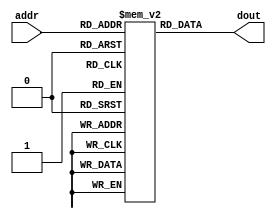
// Instruction Memory
module im(dout, addr);
    output [12:0] dout;
    input [7:0] addr;
    
    reg [12:0] mem[0:255];
    
    initial
    begin
        mem[0]   <= {5'b01000, 8'd0};
        mem[1]   <= {5'b10000, 8'd3};
        mem[2]   <= {5'b01111, 8'd2};
        mem[3]   <= {5'b10000, 8'd0};
        mem[4]   <= {5'b00010, 8'd0};
        mem[5]   <= {5'b01001, 8'd0};
        mem[6]   <= {5'b10000, 8'd8};
        mem[7]   <= {5'b01111, 8'd7};
        mem[8]   <= {5'b10000, 8'd0};
        mem[9]   <= {5'b00010, 8'd0};
        mem[10]  <= {5'b01011, 8'd0};
        mem[11]  <= {5'b00100, 8'd0};
        mem[12]  <= {5'b01100, 8'd0};
        mem[13]  <= {5'b01111, 8'd13};
    end
    
    assign dout = mem[addr];
endmodule

// Data Memory
module dm(dout, addr, BUS, LD, CK);
    output [7:0] dout;
    input [7:0] addr, BUS;
    input LD;
    input CK;
    reg [7:0] mem[0:255];
    integer i;
    initial
        for(i = 0; i < 256; i = i + 1)
            mem[i] <= 8'd0;

    always @(posedge CK)
        if (LD)
            mem[addr] <= BUS;
                    
    assign dout = mem[addr];
endmodule

// Lookup Table (decoder)
module lut(LD, SEL, cFlag, OP);
    output [6:0] LD;
    output [2:0] SEL;
    input [4:0] OP;
    input cFlag;

    reg [9:0] mem[0:63];

    assign SEL = mem[{OP,cFlag}];
    assign LD  = mem[{OP,cFlag}] >> 3;

    initial
    begin
        //     OP4-0 cFlag     LD6-0       SEL2-0
        mem[{6'b000000}] <= {7'b0000001, 3'b000}; // ADD A, Im
        mem[{6'b000001}] <= {7'b0000001, 3'b000};
        mem[{6'b000010}] <= {7'b0000001, 3'b001}; // MOV A, B+Im
        mem[{6'b000011}] <= {7'b0000001, 3'b001};
        mem[{6'b000100}] <= {7'b0000001, 3'b010}; // IN A, in+Im
        mem[{6'b000101}] <= {7'b0000001, 3'b010};
        mem[{6'b000110}] <= {7'b0000001, 3'b011}; // MOV A, Im
        mem[{6'b000111}] <= {7'b0000001, 3'b011};
        mem[{6'b001000}] <= {7'b0000010, 3'b000}; // MOV B, A+Im
        mem[{6'b001001}] <= {7'b0000010, 3'b000};
        mem[{6'b001010}] <= {7'b0000010, 3'b001}; // ADD B, Im
        mem[{6'b001011}] <= {7'b0000010, 3'b001};
        mem[{6'b001100}] <= {7'b0000010, 3'b010}; // IN B, in+Im
        mem[{6'b001101}] <= {7'b0000010, 3'b010};
        mem[{6'b001110}] <= {7'b0000010, 3'b011}; // MOV B, Im
        mem[{6'b001111}] <= {7'b0000010, 3'b011};
        mem[{6'b010000}] <= {7'b0000100, 3'b011}; // MOV C, Im
        mem[{6'b010001}] <= {7'b0000100, 3'b011};
        mem[{6'b010010}] <= {7'b0001000, 3'b000}; // MOV R[C], A+Im
        mem[{6'b010011}] <= {7'b0001000, 3'b000};
        mem[{6'b010100}] <= {7'b0000001, 3'b111}; // MOV A, R[C]
        mem[{6'b010101}] <= {7'b0000001, 3'b111};
        mem[{6'b010110}] <= {7'b0000001, 3'b100}; // ADD A, R[C]
        mem[{6'b010111}] <= {7'b0000001, 3'b100};
        mem[{6'b011000}] <= {7'b0010000, 3'b001}; // OUT B+Im
        mem[{6'b011001}] <= {7'b0010000, 3'b001};
        mem[{6'b011010}] <= {7'b0010000, 3'b011}; // OUT Im
        mem[{6'b011011}] <= {7'b0010000, 3'b011};
        mem[{6'b011100}] <= {7'b1000000, 3'b011}; // JNC Im
        mem[{6'b011101}] <= {7'b0000000, 3'b000}; // NOP
        mem[{6'b011110}] <= {7'b1000000, 3'b011}; // JMP Im
        mem[{6'b011111}] <= {7'b1000000, 3'b011};
        mem[{6'b100000}] <= {7'b0100000, 3'b011}; // MOV D, Im
        mem[{6'b100001}] <= {7'b0100000, 3'b011};
    end
endmodule

module program_counter_8b(AD, CK, LD, ADR, EVENT, VEC);
    output [7:0] AD;
    input [7:0] ADR, VEC;
    input CK, EVENT;
    input LD;

    reg [7:0] Q;

    initial
        Q <= 0;
    
    always @(posedge CK or posedge EVENT)
        if(EVENT && VEC != 8'd0)
            Q <= VEC;
        else
            Q <= (LD) ? ADR : Q + 8'd1;

    assign AD = Q;
endmodule

module register_8b(QOUT, CK, LD, BUS);
    output [7:0] QOUT;
    input [7:0] BUS;
    input CK, LD;
    reg [7:0] Q;

    initial
        Q <= 8'd0;

    always @(posedge CK)
        if(LD)
            Q <= BUS;

    assign QOUT = Q;
endmodule

module registers(Aout, Bout, Cout, Dout, Oout, CK, LD, BUS);
    output [7:0] Aout, Bout, Cout, Dout, Oout;
    input [7:0] BUS;
    input [6:0] LD;

    input CK;

    register_8b Areg (Aout, CK, LD[0], BUS);
    register_8b Breg (Bout, CK, LD[1], BUS);
    register_8b Creg (Cout, CK, LD[2], BUS);
    register_8b Dreg (Dout, CK, LD[5], BUS);
    register_8b Oreg (Oout, CK, LD[4], BUS);
endmodule

module sel1(Y, SEL, C0, C1, C2, C3);
    output [7:0] Y;
    input [7:0] C0, C1, C2, C3;
    input [2:0] SEL;
    wire [1:0] select;

    assign select = SEL;

    assign Y = (select == 2'd0) ? C0 : (select == 2'd1) ? C1 : (select == 2'd2) ? C2 : C3;
endmodule

module sel2(Y, SEL, C0, C1);
    output [7:0] Y;
    input [7:0] C0, C1;
    input [2:0] SEL;
    assign Y = (SEL[2] == 1'b0) ? C0 : C1;
endmodule

module alu(BUS, cFlag, Y, IM);
    output [7:0] BUS;
    output cFlag;
    input [7:0] Y, IM;
    wire [8:0] ADD;

    assign ADD = Y + IM;
    assign BUS = ADD;  // connect the last 8 bits
    assign cFlag = ADD[8];
endmodule

module dff(D, CK, QOUT);
    input D, CK;
    output QOUT;
    reg Q;

    initial
        Q <= 1'b0;

    always @(posedge CK)
        Q <= D;

    assign QOUT = Q;
endmodule

module testbench_cpu8;
    reg CK;
    wire [6:0] LD;
    wire [4:0] OP;
    wire [7:0] IM, Aout, Bout, Cout, Dout, Oout, BUS, Y, DMout, ADDR, ALU_IN;
    wire [12:0] IMout;
    wire cFlag, Dcflag;
    wire [2:0] SEL;
    wire key_event;
    reg [7:0] in;

    initial
    begin
        $monitor("%b pc:%d op:%b im:%b in:%b SEL:%b ld:%b BUS:%b A:%b B:%b C:%b D:%b O:%b C:%b DMout:%b", CK, ADDR, OP, IM, in, SEL, LD, BUS, Aout, Bout, Cout, Dout, Oout, cFlag, DMout);
        CK <= 0;
        in <= 0;
        
        #4
        in <= 2; // push "2" key
        #5
        in<=0; //release"2"key
        #16
        in<=4; // push "4" key
        #6
        in<=0; //release"4"key

        #10 $finish;
    end

    always #1
        CK <= ~CK;

    assign key_event = (in > 0) ? 1 : 0; // keypad
    registers registers (Aout, Bout, Cout, Dout, Oout, CK, LD, BUS); sel1 selector1 (Y, SEL, Aout, Bout, in, 8'd0);
    alu alu (BUS, cFlag, Y, ALU_IN);
    dm data_memory (DMout, Cout, BUS, LD[3], CK);
    lut lut (LD, SEL, Dcflag, OP);
    im instruction_memory (IMout, ADDR);
    assign IM = IMout; // neglect the top 5 bits (OP)
    assign OP = (IMout >> 8);
    sel2 selector2(ALU_IN, SEL, IM, DMout);
    dff dff(cFlag, CK, Dcflag);
    program_counter_8b program_counter (ADDR, CK, LD[6], BUS, key_event, Dout);
endmodule